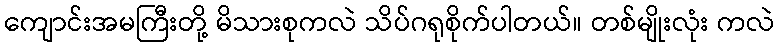
ကျောင်းအမကြီးတို့ မိသားစုကလဲ သိပ်ဂရုစိုက်ပါတယ်။ တစ်မျိုးလုံး ကလဲ